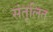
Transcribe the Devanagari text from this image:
संतूलित